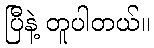
ပြီနဲ့ တူပါတယ်။